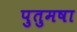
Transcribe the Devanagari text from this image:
पुतुमषा